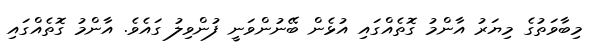
މިބާވަތުގެ މިޔަރު އާންމު ގޮތެއްގައި އުޅެން ބޭނުންވަނީ ފުންވިލު ގައެވެ. އާންމު ގޮތެއްގައި